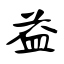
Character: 益